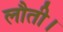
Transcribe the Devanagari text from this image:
लौती।